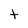
Character: t